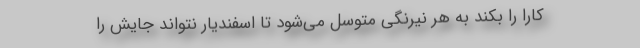
کارا را بکند به هر نیرنگی متوسل می‌شود تا اسفندیار نتواند جایش را